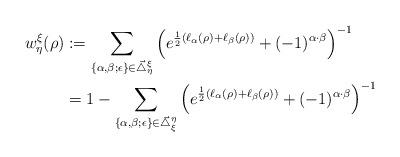
LaTeX: \begin{align*}w^\xi_\eta(\rho)&:=\sum_{\{\alpha,\beta;\epsilon\}\in\vec{\mathcal{\triangle}}^\xi_\eta} \left(e^{\frac{1}{2}(\ell_{\alpha}(\rho)+\ell_{\beta}(\rho))}+(-1)^{\alpha\cdot\beta}\right)^{-1}\\&=1-\sum_{\{\alpha,\beta;\epsilon\}\in\vec{\mathcal{\triangle}}^\eta_\xi} \left(e^{\frac{1}{2}(\ell_{\alpha}(\rho)+\ell_{\beta}(\rho))}+(-1)^{\alpha\cdot\beta}\right)^{-1}\end{align*}